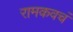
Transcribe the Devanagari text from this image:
रामकवचं